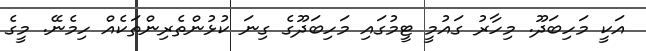
އަކީ މަހިބަދޫ. މިހާރު ގައުމީ ޓީމުގައި މަހިބަދޫގެ ގިނަ ކުޅުންތެރިންތަކެއް ހިމެނޭ. މީގެ